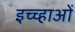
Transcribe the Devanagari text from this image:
इच्च्हाओं